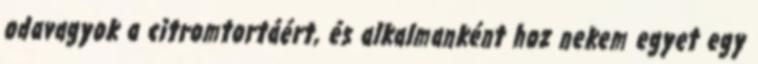
odavagyok a citromtortáért, és alkalmanként hoz nekem egyet egy